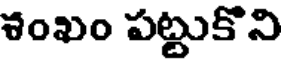
శంఖం పట్టుకొని